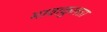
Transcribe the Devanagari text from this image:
भावाकुलता